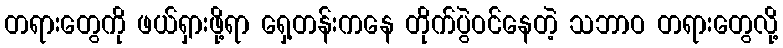
တရားတွေကို ဖယ်ရှားဖို့ရာ ရှေ့တန်းကနေ တိုက်ပွဲဝင်နေတဲ့ သဘာဝ တရားတွေလို့